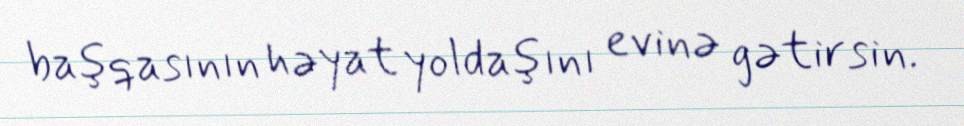
başqasının həyat yoldaşını evinə gətirsin.